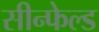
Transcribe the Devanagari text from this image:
सीन्फेल्ड